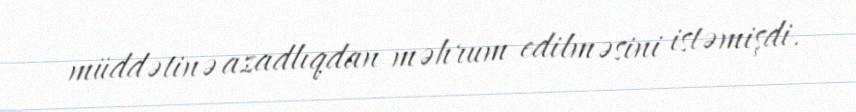
müddətinə azadlıqdan məhrum edilməsini istəmişdi.